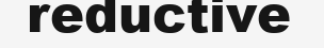
reductive